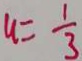
u = \frac { 1 } { 3 }